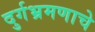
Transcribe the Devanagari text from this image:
दुर्गभ्रमणाचे